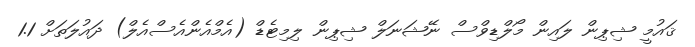
ޤައުމީ ޝިޕިން ލައިން މޯލްޑިވްސް ނޭޝަނަލް ޝިޕިން ލިމިޓެޑް (އެމްއެންއެސްއެލް) ދައުލަތަށް 1.1